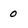
Character: 0